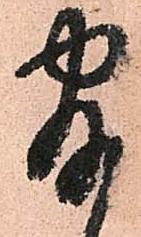
官